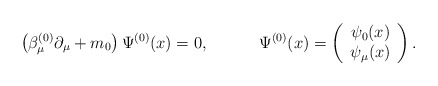
\begin{align*}\left( \beta _\mu ^{(0)}\partial _\mu +m_0\right) \Psi^{(0)}(x)=0, \hspace{0.5in}\Psi ^{(0)}(x)=\left(\begin{array}{c}\psi_0 (x)\\\psi_\mu (x)\end{array}\right). \end{align*}